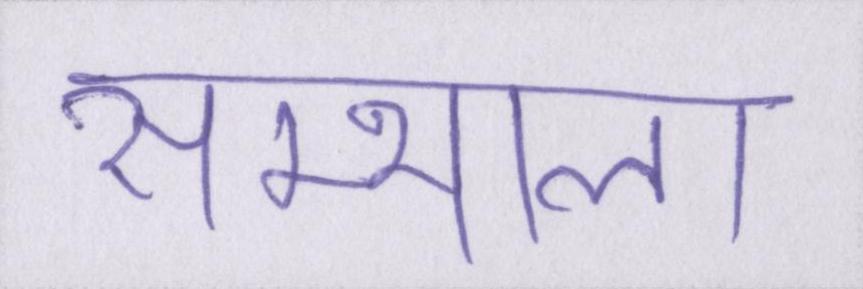
सम्भाला